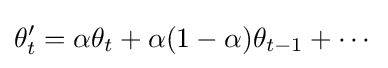
\theta '_{t}=\alpha \theta _{t}+\alpha (1-\alpha )\theta _{t-1}+\cdots